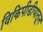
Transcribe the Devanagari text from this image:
विकिपीडीयातून